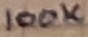
Text: 100K